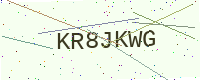
Text: KR8JKWG